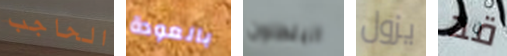
الحاجب بالعودة البنطلون يزول قد